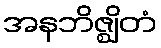
အနဘိဇ္ဈိတံ